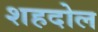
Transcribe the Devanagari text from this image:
शहदोल